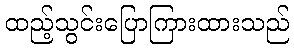
ထည့်သွင်းပြောကြားထားသည်